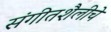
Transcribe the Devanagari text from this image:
संगीतशैलीचे